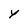
Character: Y